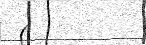
(